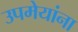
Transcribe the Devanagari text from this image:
उपमेयांना